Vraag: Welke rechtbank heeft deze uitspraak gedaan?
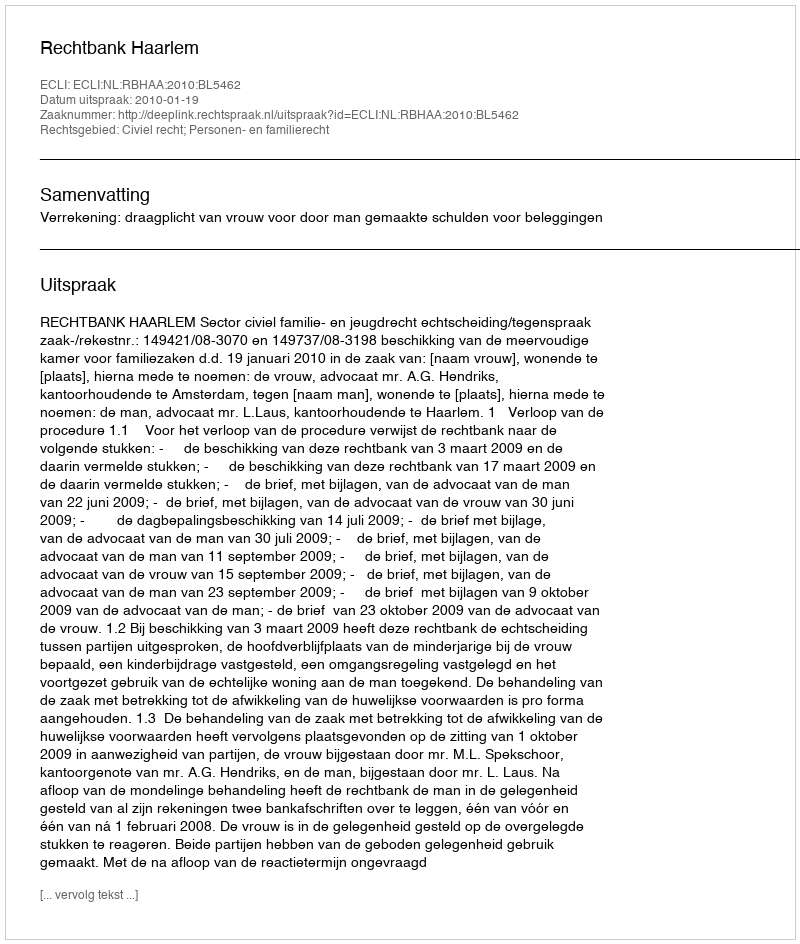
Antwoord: Rechtbank Haarlem